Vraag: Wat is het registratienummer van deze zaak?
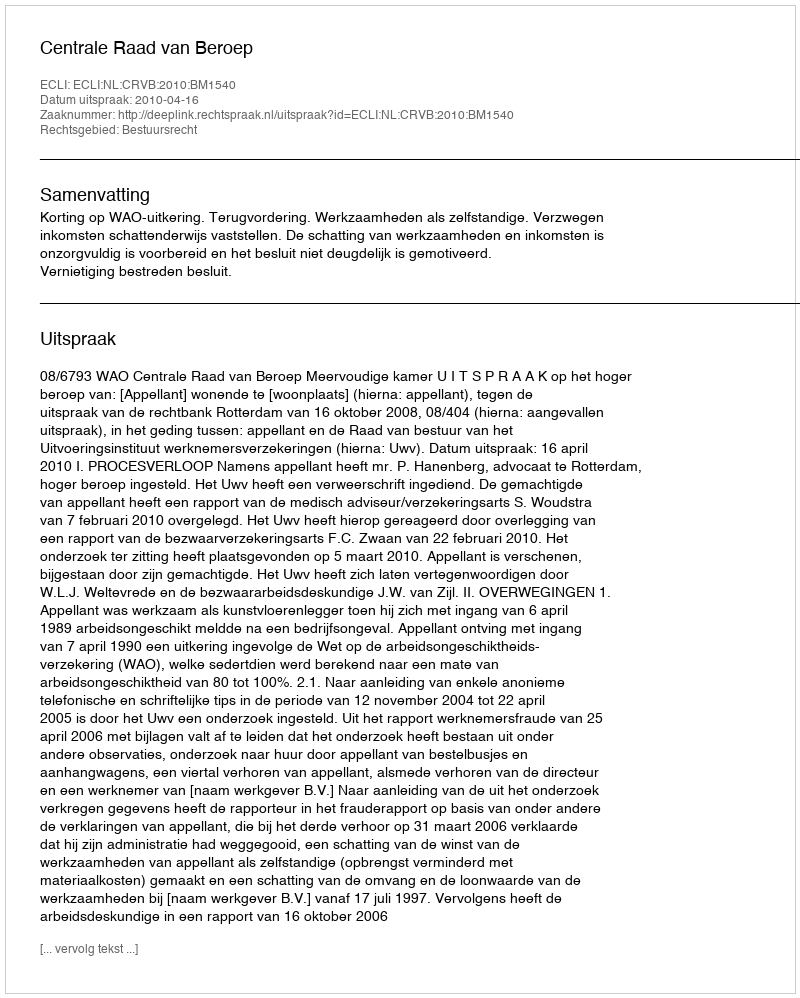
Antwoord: http://deeplink.rechtspraak.nl/uitspraak?id=ECLI:NL:CRVB:2010:BM1540